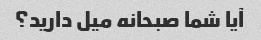
آیا شما صبحانه میل دارید؟